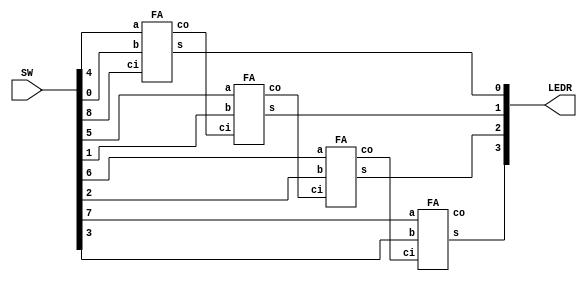
`timescale 1ns / 1ns // `timescale time_unit/time_precision

module Four_bit_adder(LEDR, SW);
    input [9:0] SW;
    output [9:0]LEDR;
	 
	 wire cin;
	 wire [3:0]A;
	 wire [3:0]B;
	 
	 wire s0,s1,s2,s3;
	 wire c1,c2,c3,cout;
	 wire a0,b0,a1,b1,a2,b2,a3,b3;
	 
	 
	 assign A[3:0]=SW[7:4];
	 assign B[3:0]=SW[3:0];
	 assign cin=SW[8];
	 
	 
	 assign a0=A[0];
	 assign b0=B[0];
	 assign a1=A[1];
	 assign b1=B[1];
	 assign a2=A[2];
	 assign b2=B[2];
	 assign a3=A[3];
	 assign b3=B[3];	 
	 
	 FA FA0(.b(b0),.a(a0),.ci(cin),.co(c1),.s(s0));
	 FA FA1(.b(b1),.a(a1),.ci(c1),.co(c2),.s(s1));
	 FA FA2(.b(b2),.a(a2),.ci(c2),.co(c3),.s(s2));
	 FA FA3(.b(b3),.a(a3),.ci(c3),.co(cout),.s(s3));
	 
	 wire [3:0]S;
	 assign S[3]=s3;
	 assign S[2]=s2;
	 assign S[1]=s1;
	 assign S[0]=s0;
	 
	 assign LEDR[3:0]=S[3:0];
	 assign LEDR[9]=cout;
	 
endmodule


module FA(input b,a,ci,output co,s);

assign co=(~b & a & ci)|(b & ~a & ci)|(b & a & ~ci)|(b & a & ci);
assign s=(~b & ~a & ci)|(~b & a & ~ci)|(b & ~a & ~ci)|(b & a & ci);

endmodule